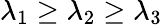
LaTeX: \lambda_{1}\geq\lambda_{2}\geq\lambda_{3}